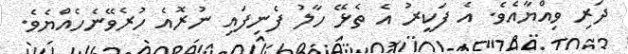
ދަރި ވިއްޔާއެވެ. އެ ފަކީރު އެ ތެޅޭ ހާލު ފެނިފައި ނުރޮއެ ހުރެވޭނެހެއްޔެވެ.